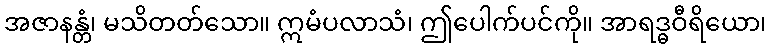
အဇာနန္တံ၊ မသိတတ်သော။ ဣမံပလာသံ၊ ဤပေါက်ပင်ကို။ အာရဒ္ဓဝီရိယော၊